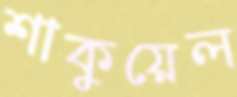
শাকুয়েল